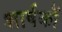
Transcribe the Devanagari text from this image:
शार्षकों